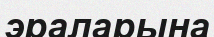
эраларына